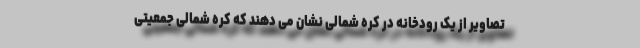
تصاویر از یک رودخانه در کره شمالی نشان می دهند که کره شمالی جمعیتی